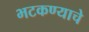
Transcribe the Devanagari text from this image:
भटकण्याचे